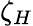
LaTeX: \zeta_{H}